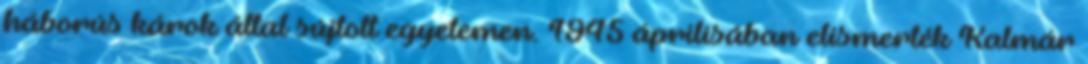
háborús károk által sújtott egyetemen. 1945 áprilisában elismerték Kalmár